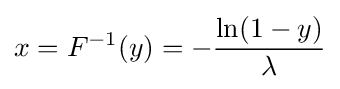
x=F^{-1}(y)=-{\frac {\ln(1-y)}{\lambda }}